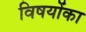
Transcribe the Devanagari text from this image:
विषयोंका